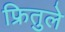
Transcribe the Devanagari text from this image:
फ्रितुले